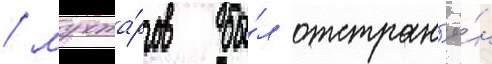
/ мухта́ров бы́л отстран'ё́н